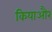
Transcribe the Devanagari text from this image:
कियाऔर